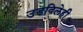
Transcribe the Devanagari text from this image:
उडविलेही